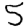
Digit: 5